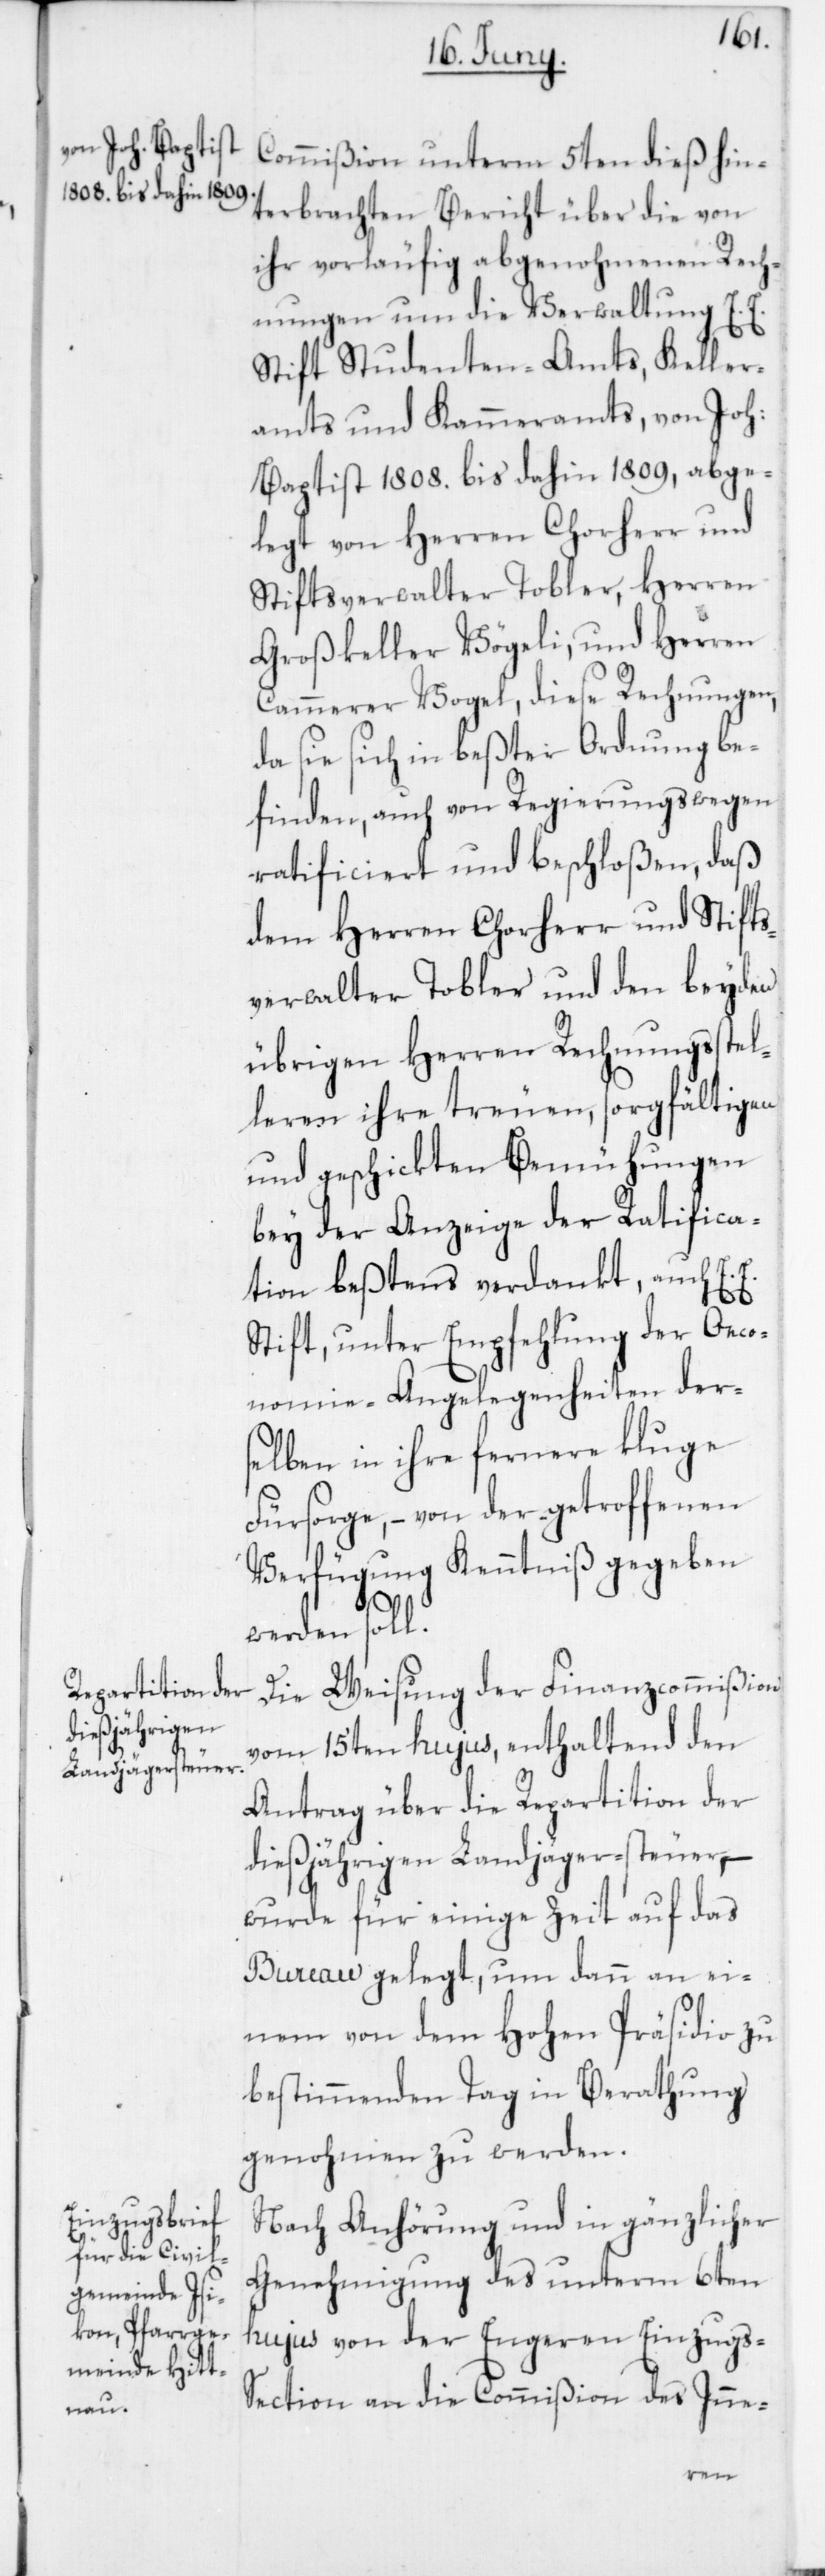
Commißion unterm 5ten dieß hin¬
terbrachten Bericht üder die von
ihr vorläufig abgenohmenen Rech¬
nungen um die Verwaltung E. E.
Stift Studenten-Amts, Keller¬
amts und Kammeramts, von Joh.
Baptist 1808. bis dahin 1809, abge¬
legt von Herren Chorherr und
Stiftsverwalter Tobler, Herren
Großkeller Vögeli und Herren
Cammerer Vogel, diese Rechnungen,
da sie sich in beßter Ordnung be¬
finden, auch von Regierungswegen
ratificiert und beschloßen, daß
dem Herren Chorherr und Stifts¬
verwalter Tobler und den beyden
übrigen Herren Rechnungsstel¬
leren ihre treuen, sorgfältigen
und geschickten Bemühungen
bey der Anzeige der Ratifica¬
tion beßtens verdankt, auch E.
Stift, unter Empfehlung der Oeco¬
nomie-Angelegenheiten der¬
selben in ihre fernere kluge
Fürsorge, – von der getroffenen
Verfügung Kenntniß gegeben
werden soll.
Die Weisung der Finanzcommißion
vom 15ten hujus, enthaltend den
Antrag über die Repartition der
dießjährigen Landjägersteuer, –
wurde für einige Zeit auf das
Bureau gelegt, um dann an ei¬
nem von dem Hohen Präsidio zu
bestimmenden Tag in Berathung
genohmen zu werden.
Nach Anhörung und in gänzlicher
Genehmigung des unterm 6ten
hujus von der Engeren Einzugs-S¬
ection an die Commißion des Inne-